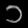
Digit: ၁